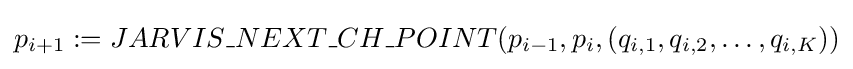
p_{i+1}:=JARVIS\_NEXT\_CH\_POINT(p_{i-1},p_{i},(q_{i,1},q_{i,2},\dots ,q_{i,K}))